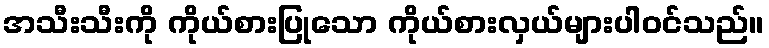
အသီးသီးကို ကိုယ်စားပြုသော ကိုယ်စားလှယ်များပါဝင်သည်။